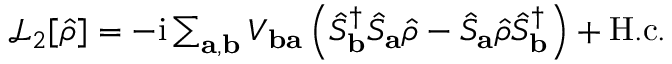
\begin{array} { r } { \mathcal { L } _ { 2 } [ \hat { \rho } ] = - \mathrm { i } \sum _ { \mathbf { a } , \mathbf { b } } V _ { \mathbf { b a } } \left( \hat { S } _ { \mathbf { b } } ^ { \dagger } \hat { S } _ { \mathbf { a } } \hat { \rho } - \hat { S } _ { \mathbf { a } } \hat { \rho } \hat { S } _ { \mathbf { b } } ^ { \dagger } \right) + \mathrm { H . c . } } \end{array}